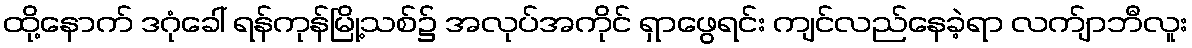
ထို့နောက် ဒဂုံခေါ် ရန်ကုန်မြို့သစ်၌ အလုပ်အကိုင် ရှာဖွေရင်း ကျင်လည်နေခဲ့ရာ လက်ျာဘီလူး